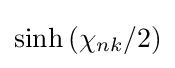
\sinh {(\chi _{nk}/2)}